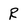
Character: R